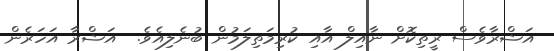
އަޝްރާވެސް ރީތިކޮށް ނާއިލް އާއި ކުރިމަތިލަމުން ބުނެލިއެވެ.  އަޝްރާ އަހަރެން